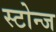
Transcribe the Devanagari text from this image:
स्टोन्ज